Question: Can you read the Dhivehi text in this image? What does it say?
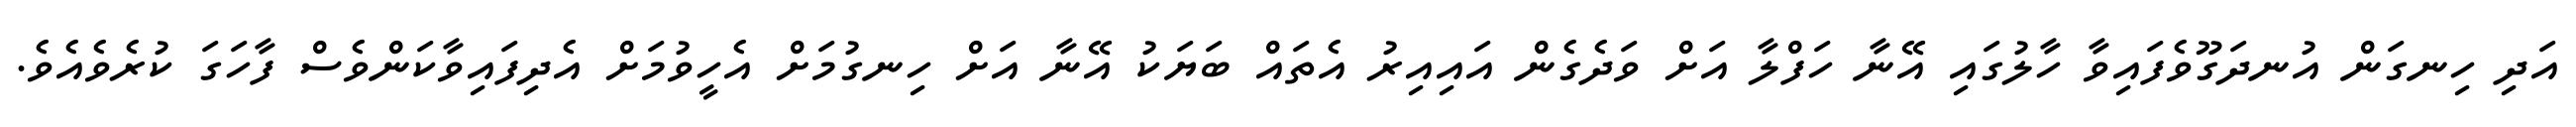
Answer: އަދި ހިނގަން އުނދަގޫވެފައިވާ ހާލުގައި އޭނާ ހަފްލާ އަށް ވަދެގެން އައިއިރު އެތައް ބަޔަކު އޭނާ އަށް ހިނގުމަށް އެހީވުމަށް އެދިފައިވާކަންވެސް ފާހަގަ ކުރެވެއެވެ.